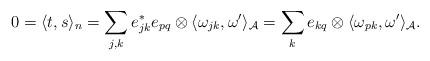
LaTeX: \begin{gather*}0=\langle t, s\rangle_n=\sum\limits_{j, k} e_{jk}^*e_{pq} \otimes \langle\omega_{jk}, \omega'\rangle_{\mathcal A}=\sum\limits_k e_{kq} \otimes \langle\omega_{pk}, \omega'\rangle_{\mathcal A}.\end{gather*}